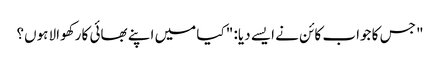
" جس کا جواب کائن نے ایسے دیا: " کیا میں اپنے بھائی کا رکھوالا ہوں؟